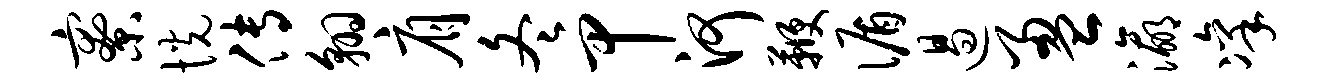
寮恍传翱肩冬甲河鞭循遏盈瀛凛